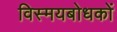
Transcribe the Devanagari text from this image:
विस्मयबोधकों